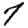
Digit: 7